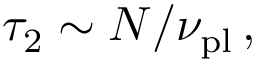
{ \tau } _ { 2 } \sim N / { \nu } _ { \mathrm { p l } } \, ,